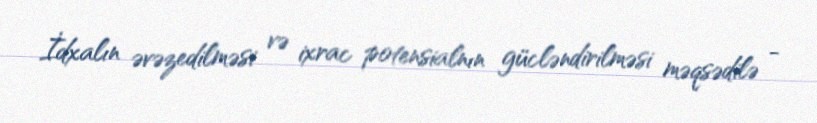
İdxalın əvəzedilməsi və ixrac potensialnın gücləndirilməsi məqsədilə -